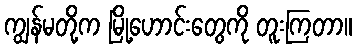
ကျွန်မတို့က မြို့ဟောင်းတွေကို တူးကြတာ။